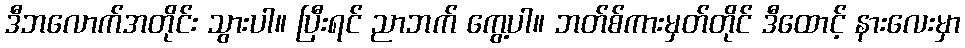
ဒီဘလောက်အတိုင်း သွားပါ။ ပြီးရင် ညာဘက် ကွေ့ပါ။ ဘတ်စ်ကားမှတ်တိုင် ဒီထောင့် နားလေးမှာ